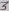
Text: 3